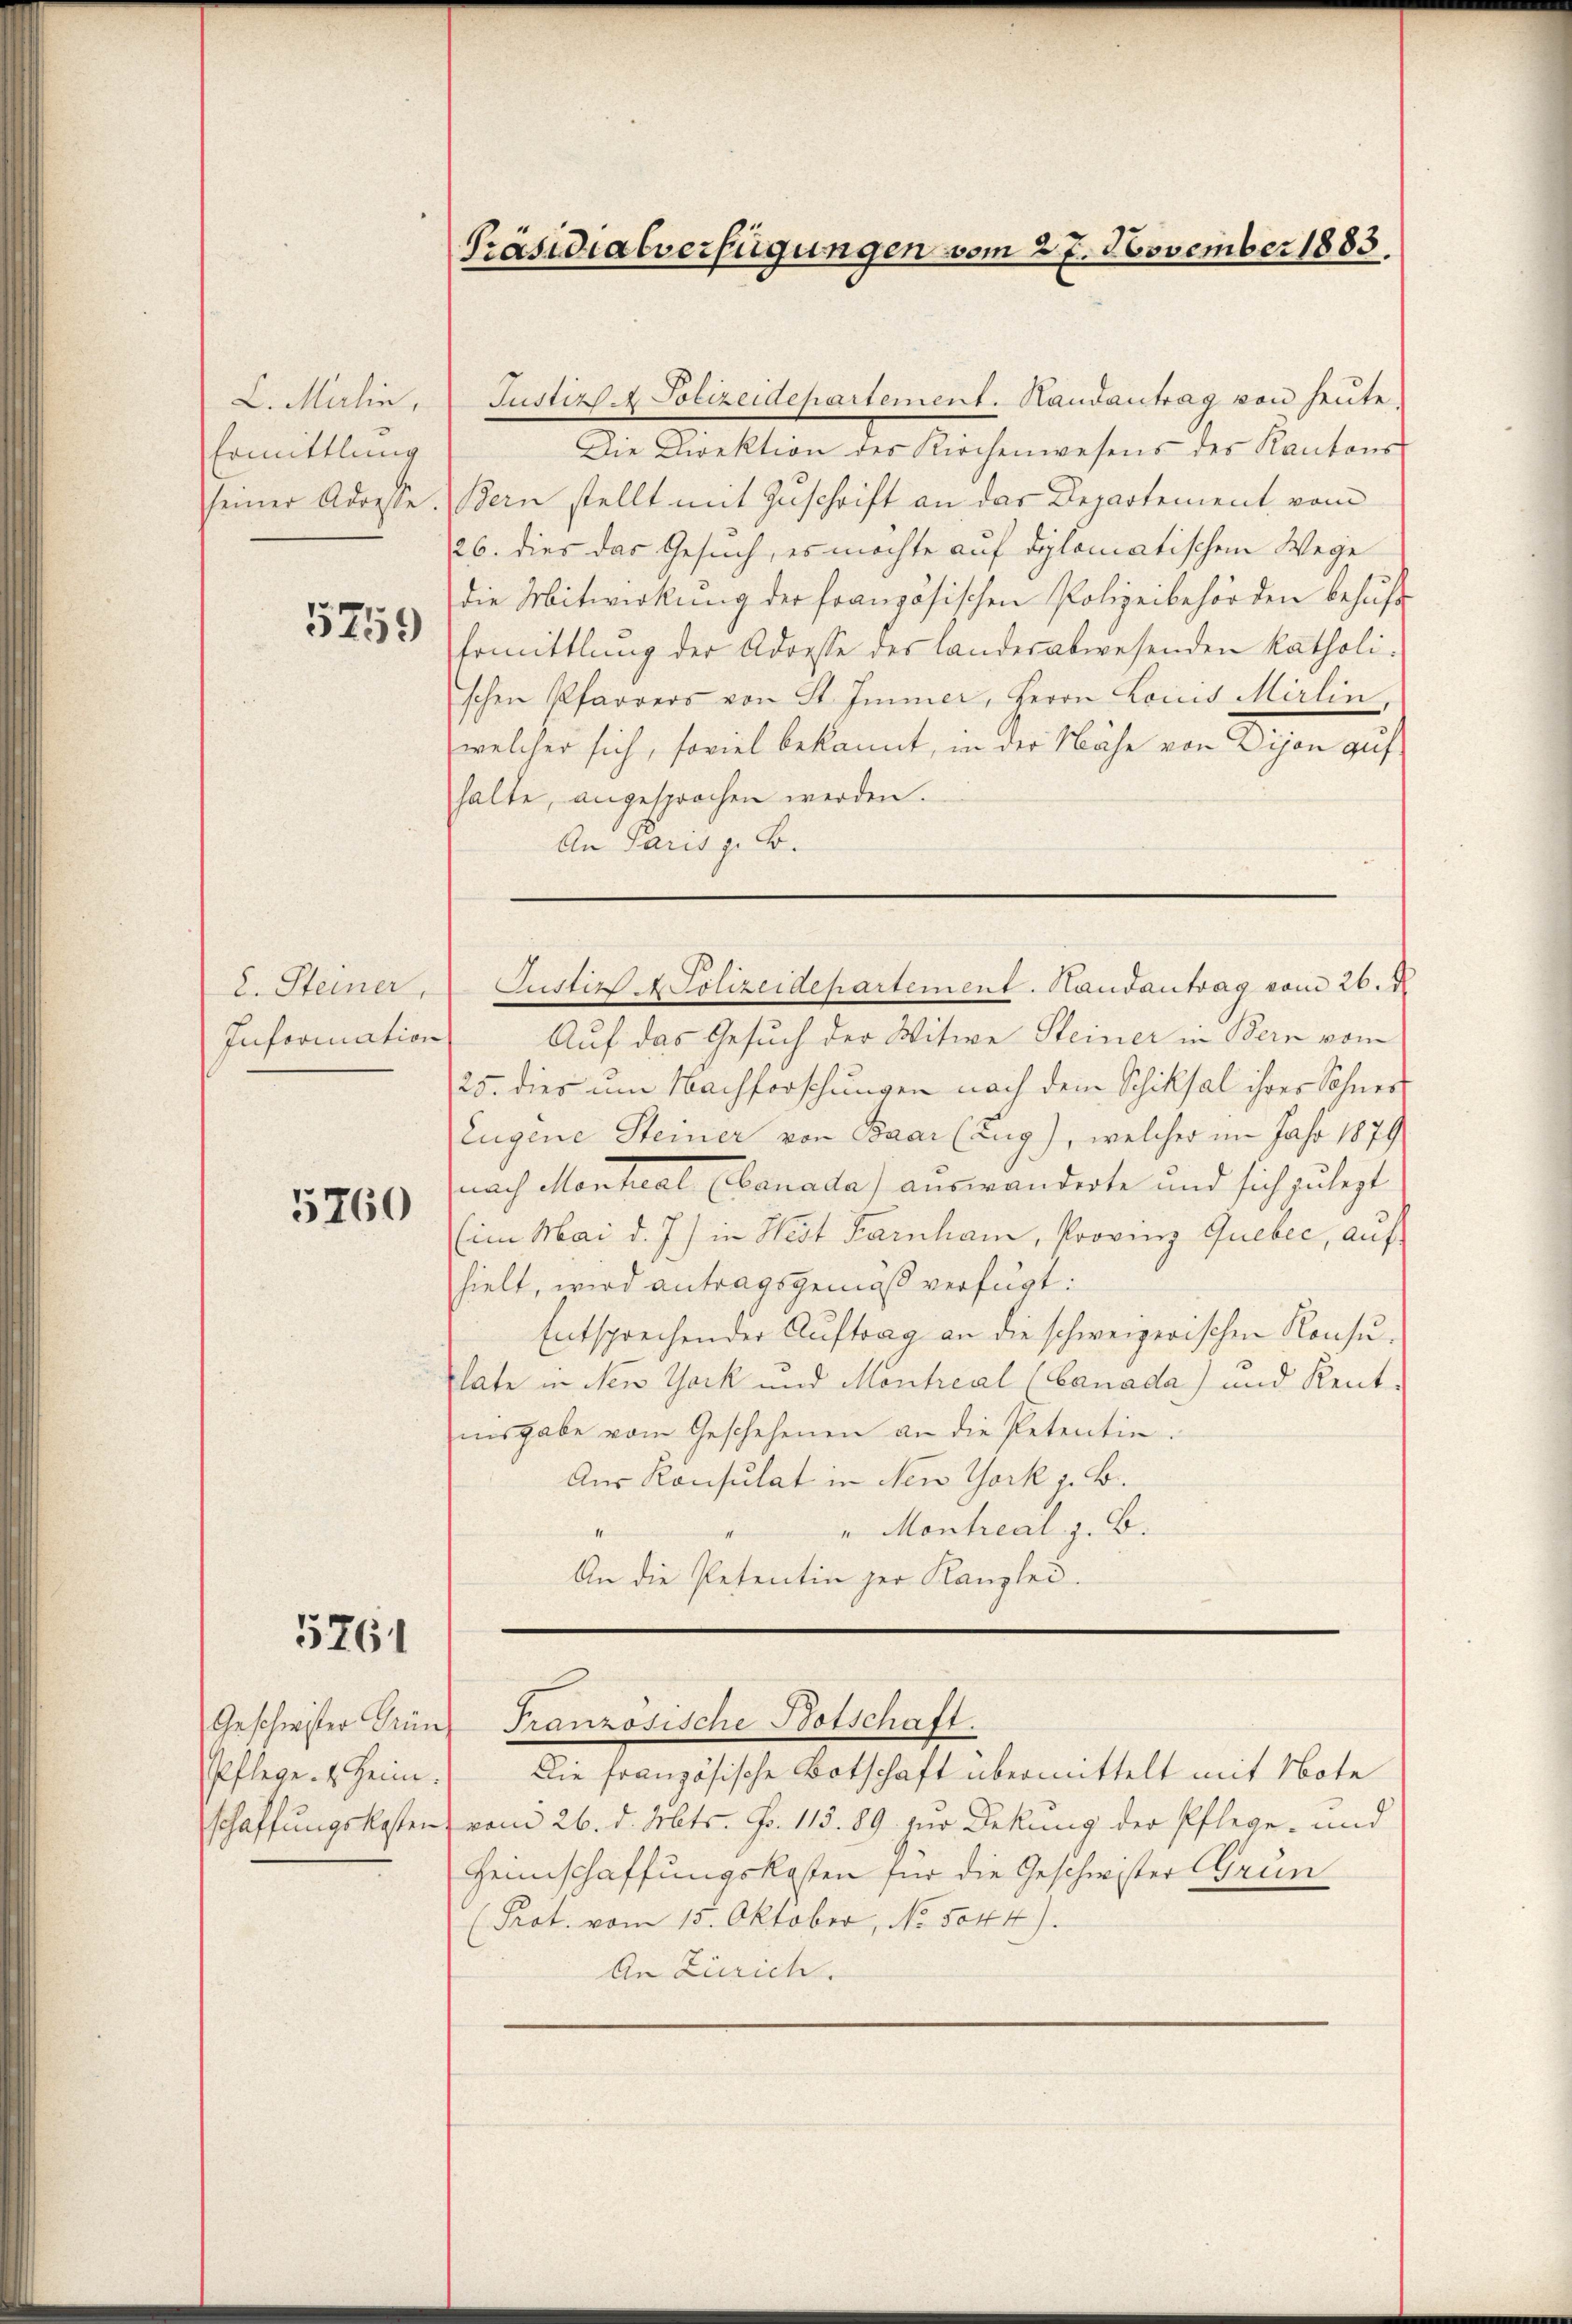
L. Mulin,
Ermittlung

5759

2. Steiner,
Information

5760

5761

Geschweister Grün
Pflege. 2. Heim.
schaffungskosten

Präsidialverfügungen vom 27. November 1883.

Justiz. Polizeidepartement. Handantrag von heute.
Die Direktion des Kirchenwesens des Kantons
seiner Adresse. Bern stellt mit Zuschrift an das Departement vom
126. dies das Gesuch, es möchte auf diplomatischem Wege
die Mitwirkung der französischen Polizeibehörden behuf
Ermittlung der Adresse des Landesabwesenden katholischen Pfarrers von St. Immer, Herrn Louis Mirlin,
welcher sich, soviel bekannt, in der Nähe von Dygon auf
halte, angesprochen werden.
An Paris z. B.
Auf das Gesuch der Witwe Steiner in Bern vom
25. dies um Nachforschungen nach dem Schicksal ihrer Sohner
Eugene Steiner von Paar (Zug), welcher im Jahr 1879
nach Montral Ebanada) auswanderte und sich zu legt
Ein Mai d. J.) in West Farnham, Provinz Gueber, auf
hielt, wird antragsgemäß verfügt:
Entsprechender Auftrag an die schweizerischen Konsulate in New York und Montreal (Canada) und Rent
isgabe vom Geschehenen an die Petentin.
Aus Konsulat in New York z. B.
" Montreal z. B.
4
An die Petentin der Kanzlei.

Justiz Polizeidepartement. Handantrag vom 26. d.

Französische Botschaft.

Die französische Botschaft übermittelt mit Note
vom 26. d. Mts. Fr. 113. 89 zur Deckung der Pflege- und
Heimschaffungskosten für die Geschwister Grun
(Prot. vom 15. Oktober, No. 5044).
An Zürich.